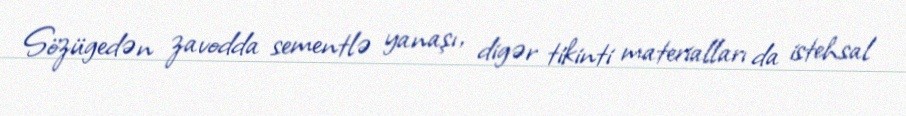
Sözügedən zavodda sementlə yanaşı, digər tikinti materialları da istehsal